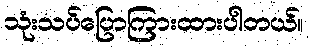
သုံးသပ်ပြောကြားထားပါတယ်။